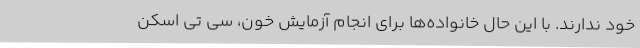
خود ندارند. با این حال خانواده‌ها برای انجام آزمایش خون، سی تی اسکن